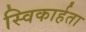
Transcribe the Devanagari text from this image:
स्विकार्हता